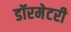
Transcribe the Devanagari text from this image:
डॉरमेटरी